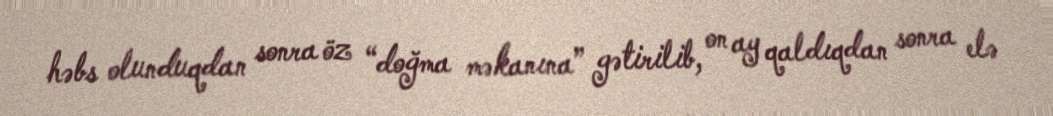
həbs olunduqdan sonra öz “doğma məkanına” gətirilib, on ay qaldıqdan sonra elə